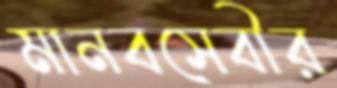
মানবসেবীর